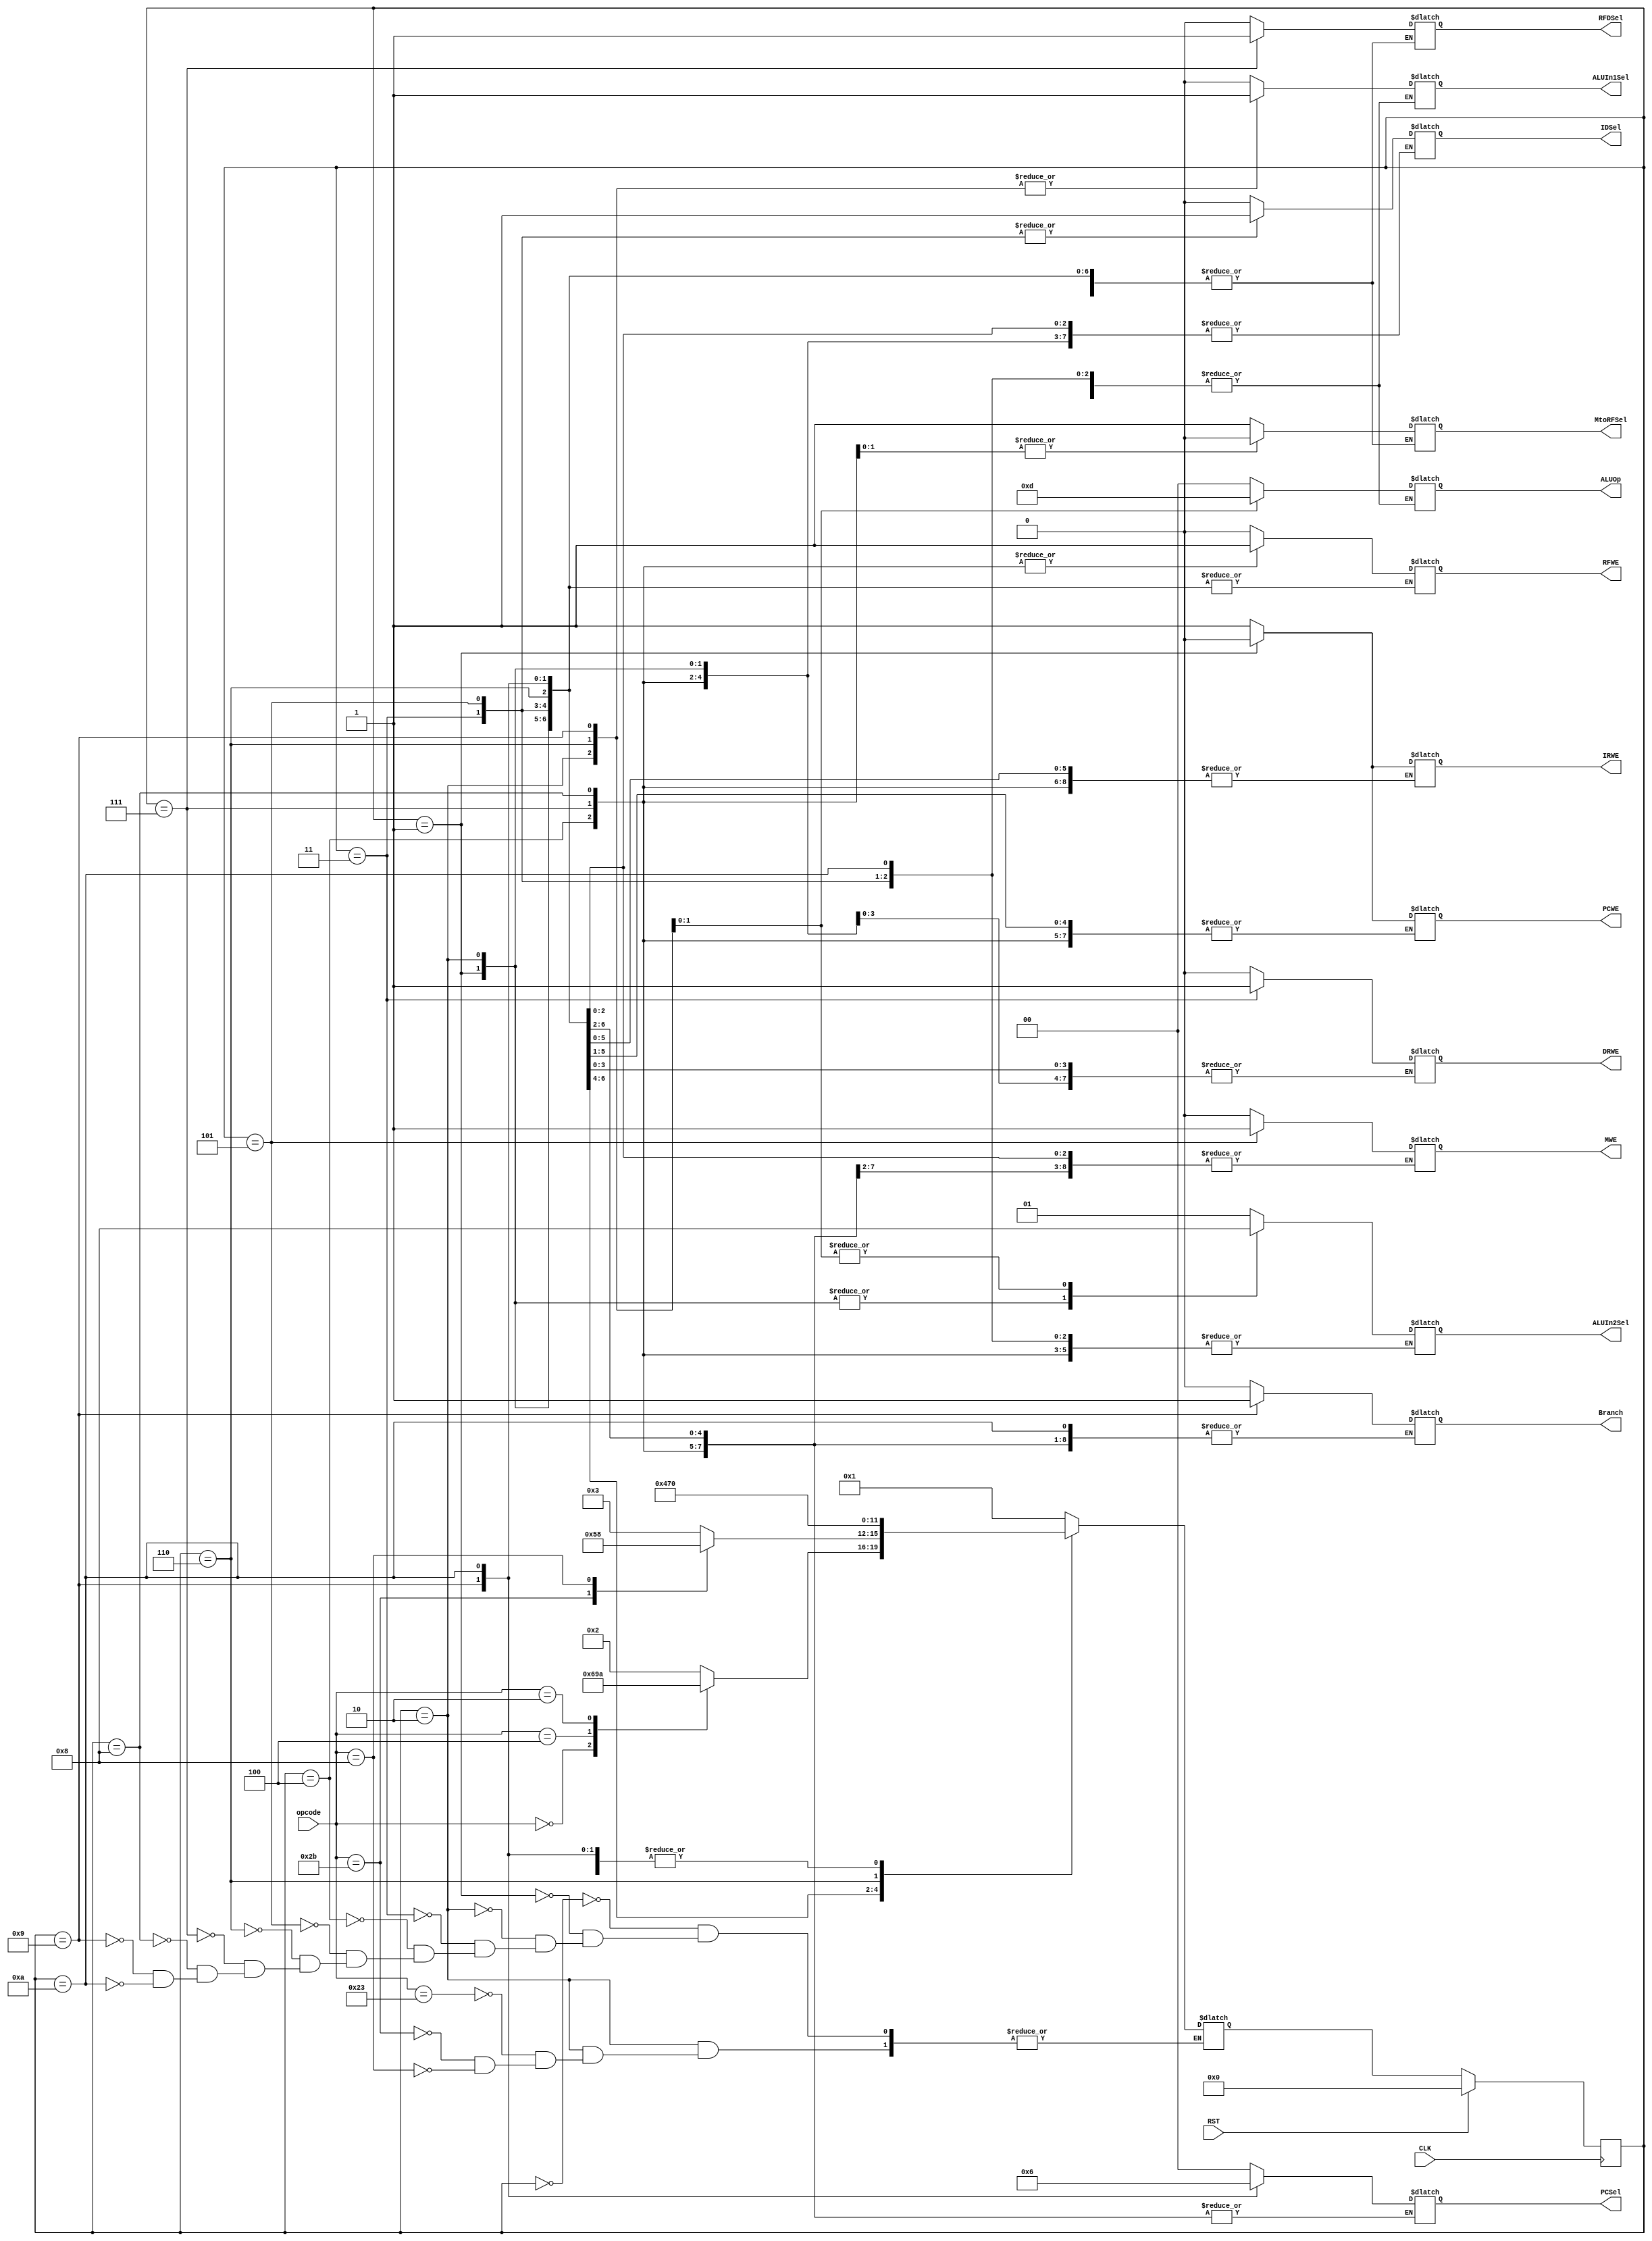
`timescale 1ns / 1ps
//////////////////////////////////////////////////////////////////////////////////
// Company: 
// Engineer: 
// 
// Design Name: 
// Module Name: MCP_Opcode_Decoder_FSM
// Project Name: 
// Target Devices: 
// Tool Versions: 
// Description: 
// 
// Dependencies: 
// 
// Revision:
// Revision 0.01 - File Created
// Additional Comments:
// 
//////////////////////////////////////////////////////////////////////////////////

//Module instantiation template
//
// MCP_Opcode_Decoder_FSM(
//  .CLK(),
//  .RST(),
//  .opcode(),
//  .MtoRFSel(),
//  .RFDSel(),
//  .IDSel(),
//  .ALUIn1Sel(),
//  .PCSel(),
//  .ALUIn2Sel(),
//  .IRWE(),
//  .MWE(),
//  .PCWE(),
//  .Branch(),
//  .RFWE(),
//  .DRWE(),
//  .ALUOp()    )
//

module MCP_Opcode_Decoder_FSM(input wire CLK, RST,
                              input wire [5:0] opcode,
                              output reg MtoRFSel, RFDSel, IDSel, ALUIn1Sel, 
                              output reg [1:0] PCSel, ALUIn2Sel,
                              output reg IRWE, MWE, PCWE, Branch, RFWE, DRWE,
                              output reg [1:0] ALUOp);
    //states
    localparam S0 = 4'b0000, S1 = 4'b0001, S2 = 4'b0010, S3 = 4'b0011,
               S4 = 4'b0100, S5 = 4'b0101, S6 = 4'b0110, S7 = 4'b0111,
               S8 = 4'b1000, S9 = 4'b1001, S10 = 4'b1010;
    //opcodes
    localparam LW       = 6'b100011;
    localparam SW       = 6'b101011;  
    localparam R_TYPE   = 6'b000000;
    localparam ADDI     = 6'b001000;
    localparam BEQ      = 6'b000100;
    localparam J        = 6'b000010;
    //internal FSM registers
    reg [3:0] state, next_state;
    
    //this block controls state transitions
    always @(posedge CLK)    //I think this will work without adding opcode to the sensitivity list
    begin
        if(RST) state <= S0;            //S0 is Fetch state
        else    state <= next_state;
    end
    
    //this block controls next state logic
    always @(state or opcode)
    begin
        case(state)
            S0: next_state = S1;            //S0 is fetch. The next state is always decode
            S1:                             //S1 is decode. next_state depends on opcode
            begin
                case(opcode)                        
                    LW:         next_state = S2;            //LW sequence: S2, S3, S4 -> Fetch
                    SW:         next_state = S2;            //SW sequence: S2, S5 -> Fetch
                    R_TYPE:     next_state = S6;            //R_TYPE sequence: S6, S7 -> Fetch
                    ADDI:       next_state = S2;            //ADDI sequence: S2, S8 -> Fetch
                    BEQ:        next_state = S9;            //BEQ sequence: (S1) -> S9 -> Fetch
                    J:          next_state = S10;           //J sequence: S10 -> Fetch
                    default:    next_state = 4'bZZZZ;  //default will handle garbage opcodes. Enters a loop of hi imp.
                endcase
            end
            S2:                             //(LW/SW/ADDI) MemAddr calculation
            begin
                case(opcode)
                    LW:     next_state = S3;
                    SW:     next_state = S5;    
                    ADDI:   next_state = S8;
                endcase
            end
            S3:     next_state = S4;     //(LW) MemRead
            S4:     next_state = S0;     //(LW) MemWriteback
            S5:     next_state = S0;     //(SW) DM Write
            S6:     next_state = S7;     //(R_TYPE) Execute
            S7:     next_state = S0;     //(R_TYPE) ALU Writeback (rd)
            S8:     next_state = S0;     //(ADDI) ALU Writeback (rt)
            S9:     next_state = S0;     //(BEQ) Branch
            S10:    next_state = S0;     //(J) Jump
        endcase
    end
    
    
    
    //this block controls outputs (Control Signals) based on state. 
    // See Description of Control Signals below
    always @(state)
    begin
        case(state)
        //S0 is Fetch State.
        //Updates Instr reg and PC with instr and PCp1
            S0: 
            begin
                //fetch signals
                IDSel       = 1'b0;     //Mem addr is taken from PC
                ALUIn1Sel   = 1'b0;     //ALUIn1 gets PC_out
                ALUIn2Sel   = 2'b01;    //ALUIn2 gets 1
                ALUOp       = 2'b00;    //ALU performs addition
                PCSel       = 2'b00;    //PC_in gets ALUOut
                IRWE        = 1'b1;     //Instr reg is updated
                PCWE        = 1'b1;     //PC reg is updated
                //disabling signals from other states
                RFWE        = 1'b0;     //(LW) disables Register File updates
                MWE         = 1'b0;     //(SW) disables Memory updates
                DRWE        = 1'b0;     //disables Data register updates
                Branch      = 1'b0;     //disables Branching
            end
        
        //S1 is Decode State. 
        //Stops PC updates. Should also stop Instr reg updates
        //Asynchronous propagations: 
        //  --- Imm becomes Simm, Control Signals propogated, 
        //  --- RFRD1 and 2 fill A and B regs filled with RF data from rs and rt respectively
            S1:
            begin 
                PCWE        = 1'b0;     //disables PC register updates
                IRWE        = 1'b0;     //disables Instruction Register updates
                //ALUOp       = 2'b00;    // Set in previous state. Enables BTA calculations for branch instruction. Addition in ALU.
                //ALUIn1Sel   = 1'b0;     // Set in previous state. ALUIn1 gets PC_out.
                ALUIn2Sel   = 2'b10;    //ALUIn2 gets SImm
            end
            
       //S2 is MemAddr(LW/SW). 
       //Computes effective addr. Stores in ALUOut Register.
            S2:
            begin
                ALUIn1Sel   = 1'b1;     //ALUIn1 gets RFRD2
                ALUIn2Sel   = 2'b10;    //ALUIn2 gets SImm
                ALUOp       = 2'b00;    //Addition performed in ALU.
            end
            
        //S3 is MemRead(LW). 
        //Memory is read from calculated addr and propogates to Data register
            S3: 
            begin
                IDSel       = 1'b1;         //Read from Data memory
                DRWE        = 1'b1;         //Enables Data register updates
            end
                
        //S4 is MemWriteback(LW)
        //Data Register written into RF
            S4: 
            begin
                DRWE        = 1'b0;     //disables Data Register updates
                RFDSel      = 1'b0;     //sets rt as destination reg in RF
                MtoRFSel    = 1'b1;     //sets data reg as RFWD
                RFWE        = 1'b1;     //enables writing to RF
            end
            
        //S5 is DM Write
        //Mem_Locations[ALUOutR] = RFRD2B
        //DM Target Address gets value in register rt from instr
            S5:
            begin
                MWE = 1'b1;     //Enables Memory update
                IDSel = 1'b1;   //Indicates Data Memory Address
            end
            
        //S6 is Execute
        //ALUOutR gets result of R type instruction
        //ALUIn1 gets RFRD1A (thats rs reg)
        //ALUIn2 gets RFRD1B (thats rt reg)
        //ALUOp tells ALUDecoder to look at funct to set ALUSel
            S6:
            begin
                ALUIn1Sel = 1'b1;   //ALUIn1 gets RFRD1A
                ALUIn2Sel = 2'b00;  //ALUIn2 gets RFRD2B
                ALUOp     = 2'b11;  //ALU Decoder will look at funct to select ALU Operation
            end
            
        //S7 is ALU Writeback (rd)
        //ALUOutR written into Register file at RF_Array[rd]
            S7:
            begin
                MtoRFSel = 1'b0;    //ALUOutR is the data written to RF
                RFWE = 1'b1;        //Enables Register File updates
                RFDSel = 1'b1;      //Sets destination reg to rd
            end
            
        //S8 is ALU Writeback (rt)
        //ALUOutR written into Register file at RF_Array[rt]
            S8:
            begin
                MtoRFSel = 1'b0;    //ALUOutR is the data written to RF
                RFWE     = 1'b1;    //enables RF updates
                RFDSel   = 1'b0;    //Sets destination reg to rt
            end
            
        //S9 is Branch
        // Compares the source register in ALU. Jumps to ALUOutR in Instruction memory if equal.
            S9:
            begin
                Branch      = 1'b1;     //Enables Branch
                ALUOp       = 2'b01;    //sets ALU for subtraction
                ALUIn1Sel   = 1'b1;     //ALUIn1 gets RFRD1A
                ALUIn2Sel   = 2'b00;    //ALUIn2 gets RFRD2B
                PCSel       = 2'b01;    //PC gets ALUOutR
            end
            
        //S10 is Jump
        // sets the PC to jaddr
            S10:
            begin
                PCSel = 2'b10;  //PC gets jaddr
                PCWE = 1'b1;    //enables PC updates
            end
            
        //default is meant for garbage opcodes
        //I could set all signals to hiZ
            default:    
            begin
                MtoRFSel    = 1'bZ;
                RFDSel      = 1'bZ;
                IDSel       = 1'bZ;
                PCSel       = 2'bZZ;
                ALUIn1Sel   = 1'bZ;
                ALUIn2Sel   = 2'bZZ;
                IRWE        = 1'bZ;
                MWE         = 1'bZ;
                PCWE        = 1'bZ;
                Branch      = 1'bZ;
                RFWE        = 1'bZ;
                ALUOp       = 2'bZZ;
                DRWE        = 1'bZ;
            end
        endcase
    end
endmodule
//Control Signals Description
// Jump         --- hi: indicates a jump
//              --- lo: indicates not a jump
//              NOTE: Jump isn't anywhere on my implementation right now.

// MtoRFSel     --- hi: RFWD gets Data. Some data from Memory is entering the RF
//              --- lo: RFWD gets RFRDB2. ALU is writing some calculation into RF

// RFDSel       --- hi: RFWA gets rd
//              --- lo: RFWA gets rt

// IDSel        --- hi: MRA gets ALUOutR + 50 (DM_Addr). Means we're reading from data memory
//              --- lo: MRA gets PC_out. Indicates reading instruction memory

// PCSel        --- 2'b10: PC_in gets jaddr.
//              --- 2'b01: PC_in gets ALUOutR.
//              --- 2'b00: PC_in gets ALUOut.

// ALUIn1Sel    --- hi: ALUIn1 gets RFRD1A
//              --- lo: ALUin1 gets PC_out

// ALUIn2Sel    --- 2'b10: ALUIn2 gets SImm
//              --- 2'b01: ALUIn2 gets 1
//              --- 2'b00: ALUIn2 gets RFRD2B

// IRWE         --- hi: Enables writing to Instruction register
//              --- lo: Disables writing to Instruction register

// MWE          --- hi: Enables writing to Memory
//              --- lo: Disables writing to Memory

// PCWE         --- hi: Enables writing to the Program Counter register
//              --- lo: Disable writing to the Program Counter register

// Branch       --- hi: indicates a branch
//              --- lo: indicates not a branch

// RFWE         --- hi: Enables writing to RF
//              --- lo: Disables writing to RF

// DRWE         --- hi: Enables writing to Data Register
//              --- lo: Disables writing to Data Register

// ALUOp        --- 2'b10: For R types. Makes the ALU Decoder examine funct
//              --- 2'b01: For non R type ALU needs. Makes the ALU Decoder tell the ALU to perform subtraction
//              --- 2'b00: For non R type ALU needs. Makes the ALU Decoder tell the ALU to perform addition